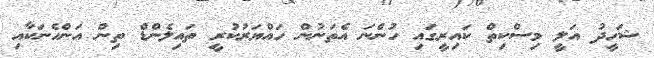
ޝަހީދު އަލީ މިސްކިތް ކައިރީގައި ހުންނަ އެތަނުން ހައްޔަރުކުރީ ތައިލެންޑް ތިން އަންހެނަކާއި